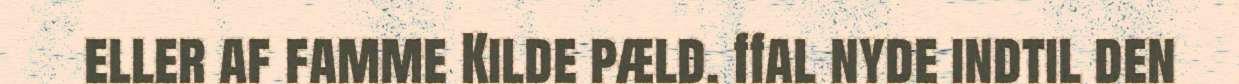
eller af famme Kilde pæld. ffal nyde indtil den